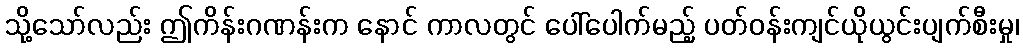
သို့သော်လည်း ဤကိန်းဂဏန်းက နောင် ကာလတွင် ပေါ်ပေါက်မည့် ပတ်ဝန်းကျင်ယိုယွင်းပျက်စီးမှု၊